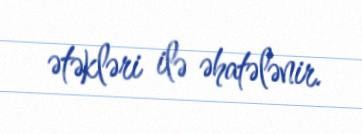
ətəkləri ilə əhatələnir.